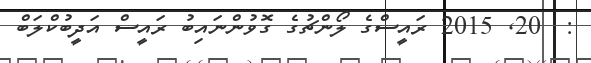
:  20